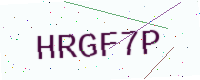
Text: HRGF7P